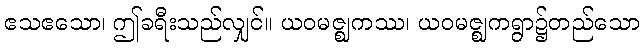
ဧသဧသော၊ ဤခရီးသည်လျှင်။ ယဝမဇ္ဈကဿ၊ ယဝမဇ္ဈကရွာ၌တည်သော